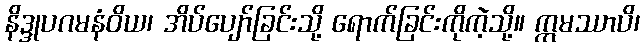
နိဒ္ဒုပဂမနံဝိယ၊ အိပ်ပျော်ခြင်းသို့ ရောက်ခြင်းကိုကဲ့သို့။ ဣမဿာပိ၊